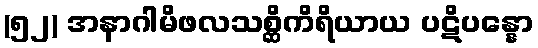
(၅၂) အနာဂါမိဖလသစ္ဆိကိရိယာယ ပဋိပန္နော